Indian Civil Veterinary Department memoirs
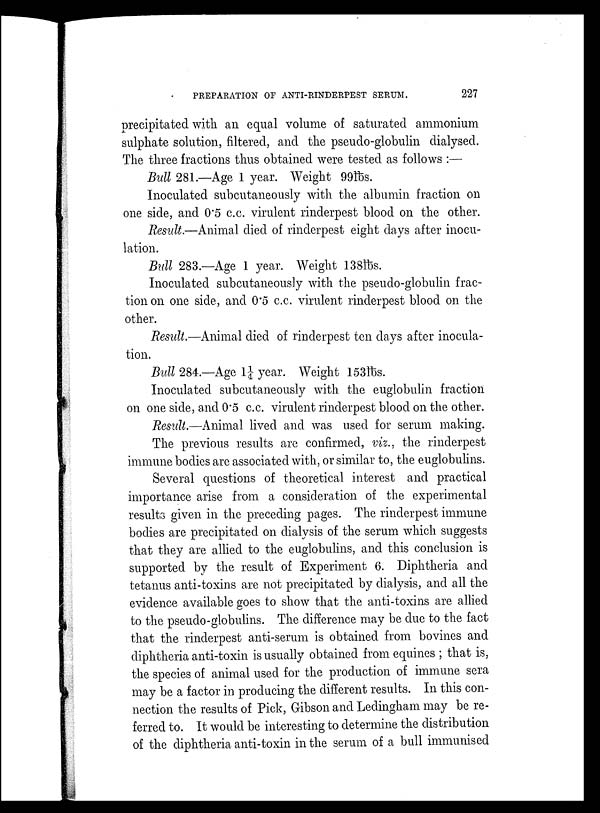
PREPARATION OF ANTI-RINDERPEST SERUM.
227
precipitated with an equal volume of saturated ammonium
sulphate solution, filtered, and the pseudo-globulin dialysed.
The three fractions thus obtained were tested as follows :—
Bull 281.—Age 1 year. Weight 99lbs.
Inoculated subcutaneously with the albumin fraction on
one side, and 0.5 c.c. virulent rinderpest blood on the other.
Result.—Animal died of rinderpest eight days after inocu-
lation.
Bull 283.—Age 1 year. Weight 138lbs.
Inoculated subcutaneously with the pseudo-globulin frac-
tion on one side, and 0.5 c.c. virulent rinderpest blood on the
other.
Result.—Animal died of rinderpest ten days after inocula-
tion.
Bull 284.—Age 1¼ year. Weight 153lbs.
Inoculated subcutaneously with the euglobulin fraction
on one side, and 0.5 c.c. virulent rinderpest blood on the other.
Result.—Animal lived and was used for serum making.
The previous results are confirmed, viz., the rinderpest
immune bodies are associated with, or similar to, the euglobulins.
Several questions of theoretical interest and practical
importance arise from a consideration of the experimental
results given in the preceding pages. The rinderpest immune
bodies are precipitated on dialysis of the serum which suggests
that they are allied to the euglobulins, and this conclusion is
supported by the result of Experiment 6. Diphtheria and
tetanus anti-toxins are not precipitated by dialysis, and all the
evidence available goes to show that the anti-toxins are allied
to the pseudo-globulins. The difference may be due to the fact
that the rinderpest anti-serum is obtained from bovines and
diphtheria anti-toxin is usually obtained from equines ; that is,
the species of animal used for the production of immune sera
may be a factor in producing the different results. In this con-
nection the results of Pick, Gibson and Ledingham may be re-
ferred to. It would be interesting to determine the distribution
of the diphtheria anti-toxin in the serum of a bull immunised